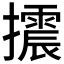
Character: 𢸍